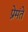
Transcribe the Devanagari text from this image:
प्रेमंते